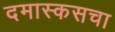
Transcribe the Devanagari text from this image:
दमास्कसचा